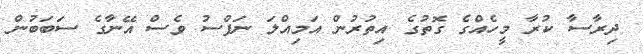
ދިރާސާ ކުރާ މީހެއްގެ ގޮތުގެ އިތުރުން އަމިއްލަ ނަފްސު ވެސް އޭނާގެ ސަބަބުން